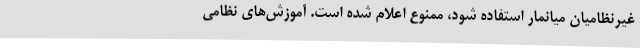
غیرنظامیان میانمار استفاده شود، ممنوع اعلام شده است. آموزش‌های نظامی